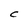
Character: c